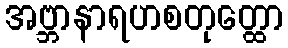
အဗ္ဘာနာရဟစတုတ္ထော